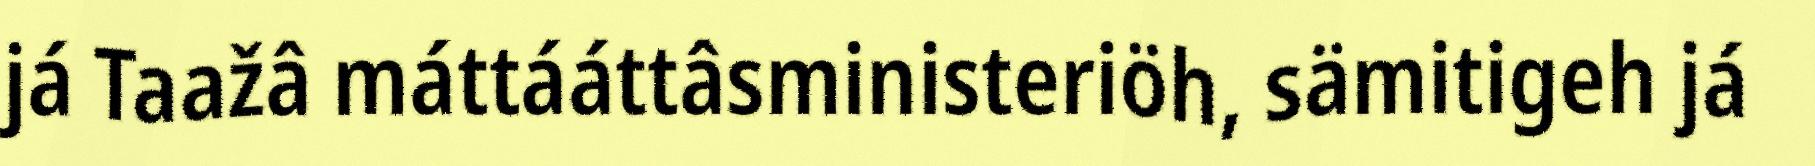
já Taažâ máttááttâsministeriöh, sämitigeh já